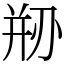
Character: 剙